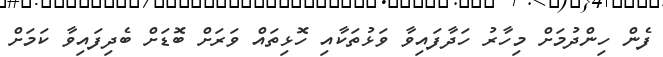
ފެން ހިންދުމަށް މިހާރު ހަދާފައިވާ ވަޅުތަކާއި ހޮޅިތައް ވަރަށް ބޮޑަށް ބެދިފައިވާ ކަމަށް